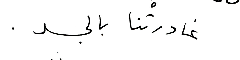
غادرتْنا بالجسد.